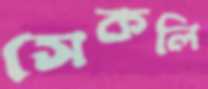
সেকলি